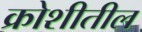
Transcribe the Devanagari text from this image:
क्रोशीतील